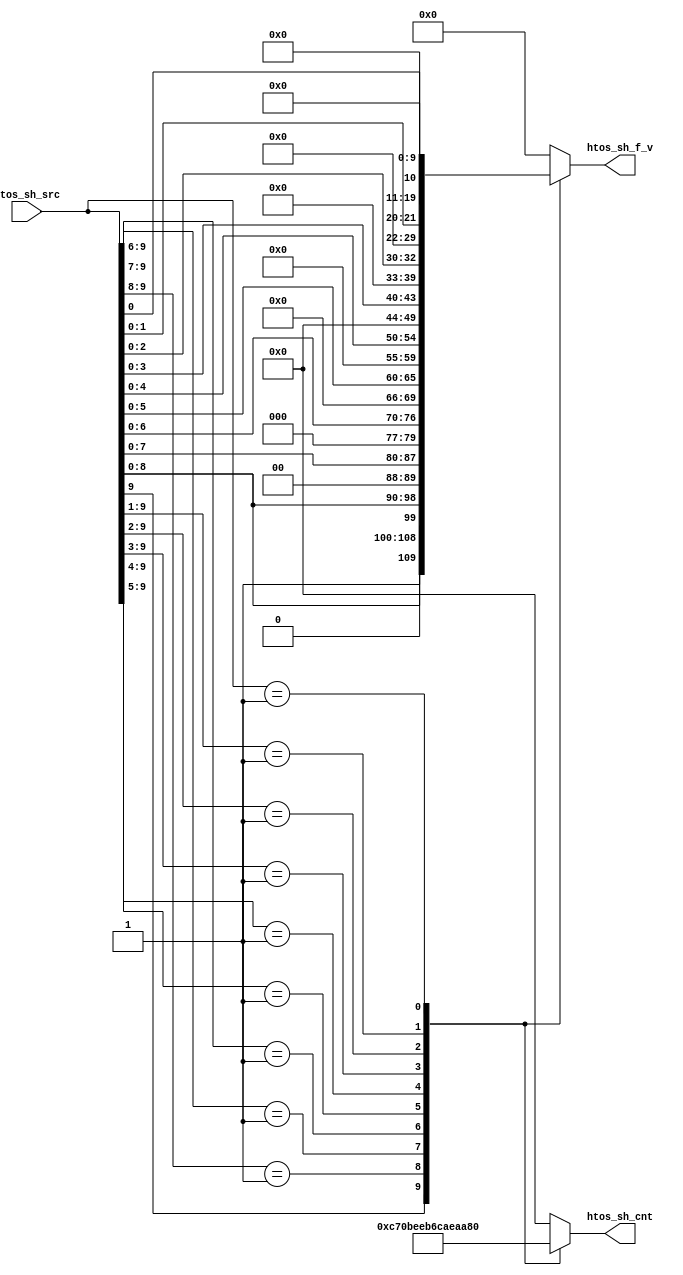
// This program was cloned from: https://github.com/T-head-Semi/openc910
// License: Apache License 2.0

/*Copyright 2019-2021 T-Head Semiconductor Co., Ltd.

Licensed under the Apache License, Version 2.0 (the "License");
you may not use this file except in compliance with the License.
You may obtain a copy of the License at

    http://www.apache.org/licenses/LICENSE-2.0

Unless required by applicable law or agreed to in writing, software
distributed under the License is distributed on an "AS IS" BASIS,
WITHOUT WARRANTIES OR CONDITIONS OF ANY KIND, either express or implied.
See the License for the specific language governing permissions and
limitations under the License.
*/

// &ModuleBeg; @22
module ct_fcnvt_htos_sh(
  htos_sh_cnt,
  htos_sh_f_v,
  htos_sh_src
);

// &Ports; @23
input   [9 :0]  htos_sh_src; 
output  [5 :0]  htos_sh_cnt; 
output  [10:0]  htos_sh_f_v; 

// &Regs; @24
reg     [5 :0]  htos_sh_cnt; 
reg     [10:0]  htos_sh_f_v; 

// &Wires; @25
wire    [9 :0]  htos_sh_src; 


// &CombBeg; @27
always @( htos_sh_src[9:0])
begin
casez(htos_sh_src[9:0])
  10'b1?????????: begin
    htos_sh_f_v[10:0] = {htos_sh_src[9:0],1'b0};
    htos_sh_cnt[5:0]  = 6'h31; //-15:
  end
  10'b01????????: begin
    htos_sh_f_v[10:0] = {htos_sh_src[8:0],2'b0};
    htos_sh_cnt[5:0]  = 6'h30; //-16
  end
  10'b001???????: begin
    htos_sh_f_v[10:0] = {htos_sh_src[7:0],3'b0};
    htos_sh_cnt[5:0]  = 6'h2f; //-17
  end
  10'b0001??????: begin
    htos_sh_f_v[10:0] = {htos_sh_src[6:0],4'b0};
    htos_sh_cnt[5:0]  = 6'h2e; //-18
  end
  10'b00001?????: begin
    htos_sh_f_v[10:0] = {htos_sh_src[5:0],5'b0};
    htos_sh_cnt[5:0]  = 6'h2d; //-19
  end
  10'b000001????: begin
    htos_sh_f_v[10:0] = {htos_sh_src[4:0],6'b0};
    htos_sh_cnt[5:0]  = 6'h2c; //-20
  end
  10'b0000001???: begin
    htos_sh_f_v[10:0] = {htos_sh_src[3:0],7'b0};
    htos_sh_cnt[5:0]  = 6'h2b; //-9
  end
  10'b00000001??: begin
    htos_sh_f_v[10:0] = {htos_sh_src[2:0],8'b0};
    htos_sh_cnt[5:0]  = 6'h2a; //-155
  end
  10'b000000001?: begin
    htos_sh_f_v[10:0] = {htos_sh_src[1:0],9'b0};
    htos_sh_cnt[5:0]  = 6'h29; //-155
  end
  10'b0000000001: begin
    htos_sh_f_v[10:0] = {htos_sh_src[0],10'b0};
    htos_sh_cnt[5:0]  = 6'h28; //-156
  end
  default: begin
    htos_sh_f_v[10:0] = 11'b0;
    htos_sh_cnt[5:0]  = 6'h0;
  end
endcase
// &CombEnd; @74
end


// &ModuleEnd; @77
endmodule